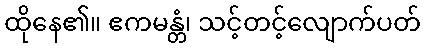
ထိုနေ၏။ ဧကမန္တံ၊ သင့်တင့်လျောက်ပတ်